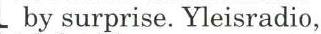
 by surprise. Yleisradio,